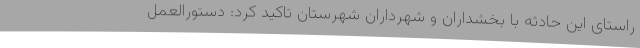
راستای این حادثه با بخشداران و شهرداران شهرستان تاکید کرد: دستورالعمل